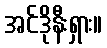
အင်ဒိုနီးရှား။